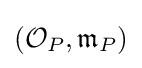
({\mathcal {O}}_{P},{\mathfrak {m}}_{P})